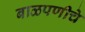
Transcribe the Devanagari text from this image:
बाळपणीचे